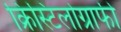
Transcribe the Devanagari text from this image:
क्रिस्टिलोग्राफी